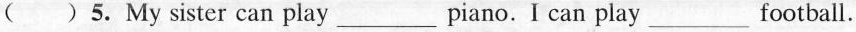
( ) 5.My sister can play ___ piano. I can play ___ football.